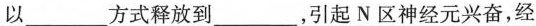
以___方式释放到___，引起N区神经元兴奋，经